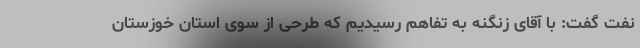
نفت گفت: با آقای زنگنه به تفاهم رسیدیم که طرحی از سوی استان خوزستان